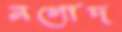
নগোদ